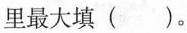
里最大填()。